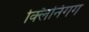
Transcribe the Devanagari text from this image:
क्लिनिंगग